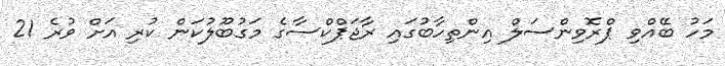
މަހު ބޭއްވި ޕްރޮވިންސަލް އިންތިހާބުގައި ރާޖަޕްކްސާގެ މަގުބޫލުކަން ކުރި އަށް ވުރެ 21